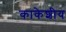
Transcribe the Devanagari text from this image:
काकेशीय